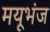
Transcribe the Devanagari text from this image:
मयूभंज